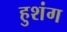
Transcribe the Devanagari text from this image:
हुशंग